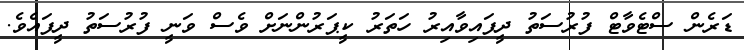
ޑަރެން ސްޓެވާޓް ފުރުސަތު ދީފައިވާއިރު ހަތަރު ކީޕަރުންނަށް ވެސް ވަނީ ފުރުސަތު ދީފައެވެ.